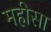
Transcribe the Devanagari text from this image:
महीसा